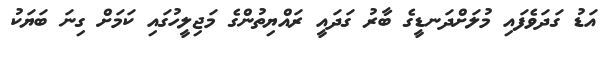
އަޑު ގަދަވެފައި މުލަށްދަނޑީގެ ބާރު ގަދައީ ރައްޔިތުންގެ މަޖިލީހުގައި ކަމަށް ގިނަ ބަޔަކު